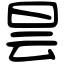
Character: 昙